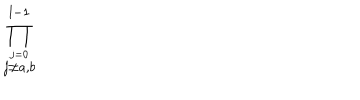
\prod _ { \stackrel { j = 0 } { j \neq a , b } } ^ { l - 1 }